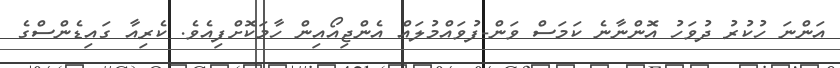
އަންނަ ހުކުރު ދުވަހު އޮންނާނެ ކަމަސް ވަން-ފުވައްމުލައް އެންޖިއޯއިން ހާމަކޮށްފިއެވެ. ކެރިިއާ ގައިޑެންސްގެ